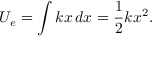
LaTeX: U _ { e } = \int { k x } \, d x = { \frac { 1 } { 2 } } k x ^ { 2 } .